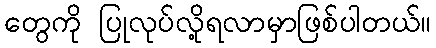
တွေကို ပြုလုပ်လို့ရလာမှာဖြစ်ပါတယ်။